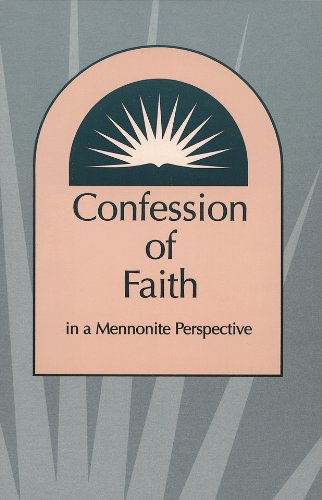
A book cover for Confession of Faith in a Mennonite Perspective; HERALD PRESS; Christian Books & Bibles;